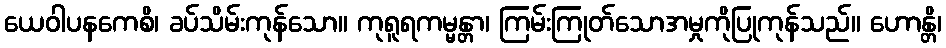
ယေဝါပနကေစိ၊ ခပ်သိမ်းကုန်သော။ ကုရူရကမ္မန္တာ၊ ကြမ်းကြုတ်သောအမှုကိုပြုကုန်သည်။ ဟောန္တိ၊